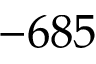
- 6 8 5